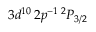
3 d ^ { 1 0 } \, 2 p ^ { - 1 } \, ^ { 2 } P _ { 3 / 2 }